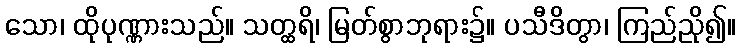
သော၊ ထိုပုဏ္ဏားသည်။ သတ္ထရိ၊ မြတ်စွာဘုရား၌။ ပသီဒိတွာ၊ ကြည်ညို၍။